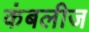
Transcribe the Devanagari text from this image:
कंबलीज